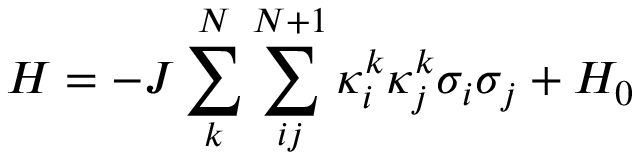
H = - J \sum _ { k } ^ { N } { \sum _ { i j } ^ { N + 1 } { \kappa _ { i } ^ { k } \kappa _ { j } ^ { k } { { \sigma } _ { i } } { { \sigma } _ { j } } } } + { { H } _ { 0 } }